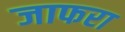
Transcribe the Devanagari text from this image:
जाफरा